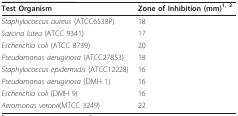
| Test Organism | Zone of Inhibition (mm)1, 2 |
 | --- | --- |
 | Staphylococcus aureus (ATCC6538P) | 18 |
 | Sarcina lutea (ATCC 9341) | 17 |
 | Escherichia coli (ATCC 8739) | 20 |
 | Pseudomonas aeruginosa (ATCC27853) | 18 |
 | Staphylococcus epidermidis (ATCC12228) | 16 |
 | Pseudomonas aeruginosa (DMH 1) | 16 |
 | Escherichia coli (DMH 9) | 16 |
 | Aeromonas veronii(MTCC 3249) | 22 |